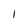
Character: I